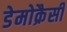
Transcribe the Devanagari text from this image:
डेमोक्रैसी